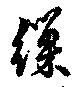
繅